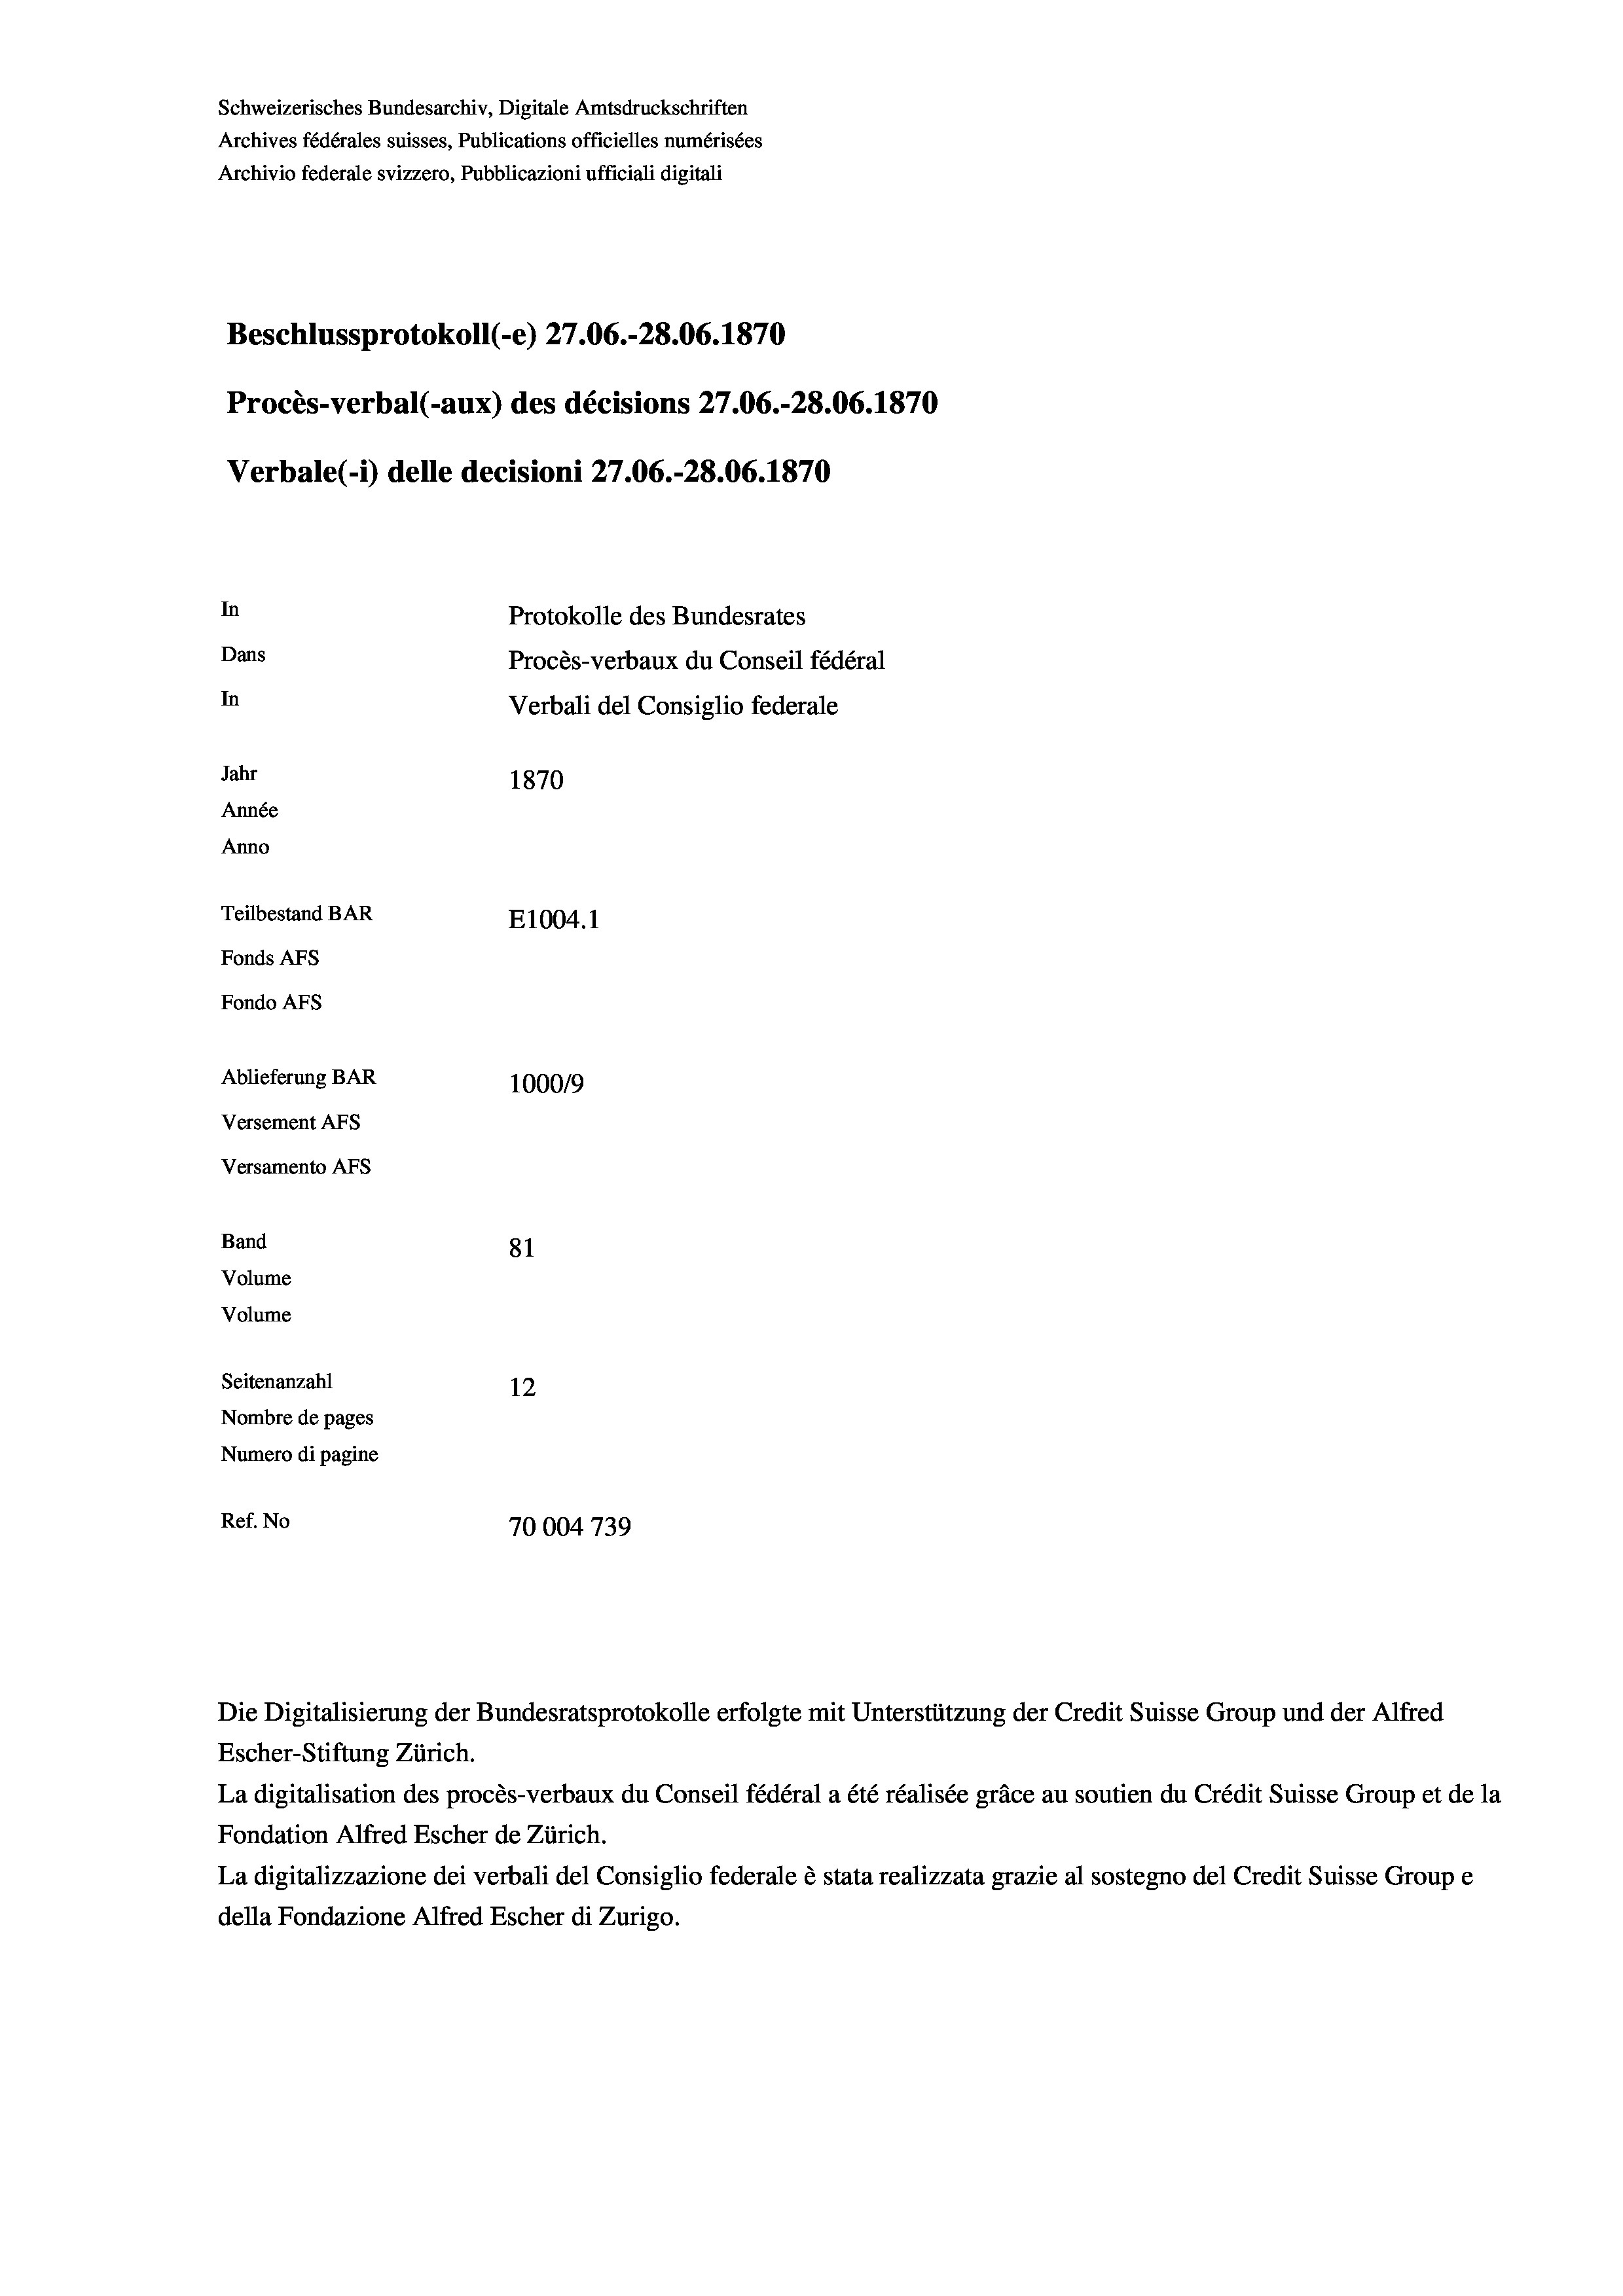
Schweizerisches Bundesarchiv, Digitale Amtsdruckschriften
Archives fédérales suisses, Publications officielles numérisées
Archivio federale svizzero, Pubblicazioni ufficiali digitali
Beschlussprotokoll (-e) 27.06.-28.06. 1870
Procès-verbal (-aux) des décisions 27.06.-28.06. 1870
Verbale(*) delle decisioni 27.06.-28.06. 1870
In
Protokolle des Bundesrates
Dans
Procès-verbaux du Conseil fédéral
In
Verbali del Consiglio federale
Jahr
1870
Année
Anno
Teilbestand BAR
E1004.1
Fonds Afs
Fondo Afs
Ablieferung BAR
100019
Versement AFS
Versamento Afs
Band
81
Volume
Volume
Seitenanzahl
12
Nombre de pages
Numero di pagine
Ref. No
70004739

La digitalisation des procès-verbaux du Conseil fédéral a été réalisée gräce au soutien du Crédit Suisse Group et de la
Fondation Alfred Escher de Zürich.
La digitalizzazione dei verbali del Consiglio federale è stata realizzata grazie al sostegno del Credit Suisse Groupe
della Fondazione Alfred Escher di Zurigo.

Die Digitalisierung der Bundesratsprotokolle erfolgte mit Unterstützung der Credit Suisse Group und der Alfred
Escher-Stiftung Zürich.